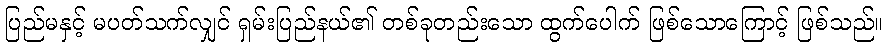
ပြည်မနှင့် မပတ်သက်လျှင် ရှမ်းပြည်နယ်၏ တစ်ခုတည်းသော ထွက်ပေါက် ဖြစ်သောကြောင့် ဖြစ်သည်။